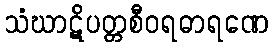
သံဃာဋိပတ္တစီဝရဓာရဏေ